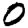
Digit: 0